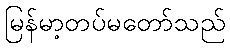
မြန်မာ့တပ်မတော်သည်